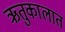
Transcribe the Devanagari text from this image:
ऋतुकालात